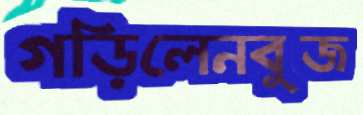
গড়িলেনবুজ